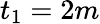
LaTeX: t_{1}=2m